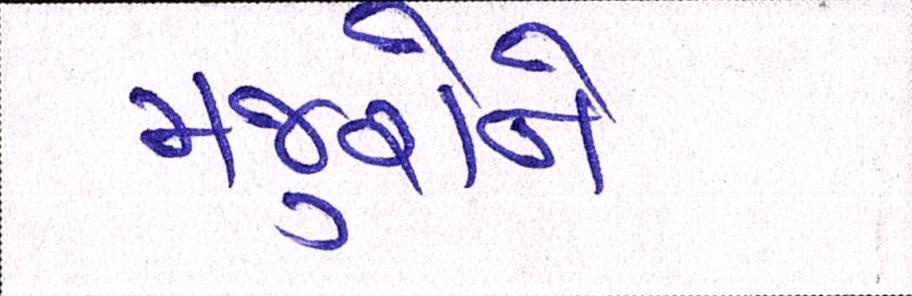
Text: મજુરોને